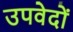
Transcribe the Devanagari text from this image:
उपवेदाें